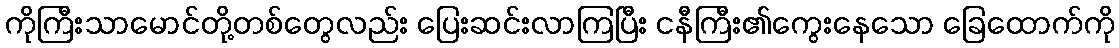
ကိုကြီးသာမောင်တို့တစ်တွေလည်း ပြေးဆင်းလာကြပြီး ငနီကြီး၏ကွေးနေသော ခြေထောက်ကို